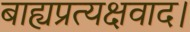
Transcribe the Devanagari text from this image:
बाह्यप्रत्यक्षवाद।